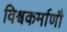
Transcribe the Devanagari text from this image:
विश्वकर्माणौ